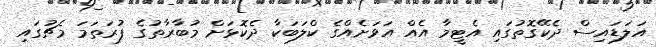
އަލަޑައިސް ދެކޭގޮތުގައި އެޓީމާ އެއް އަވަށެއްގެ ކްލަބަކާ ދެކޮޅަށް މުބާރާތުގެ ފުރަތަމަ މެޗުގައި